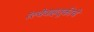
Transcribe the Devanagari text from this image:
रेल्वेवाहतूकीचे